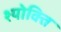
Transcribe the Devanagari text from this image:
श्योक्ति